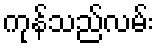
ကုန်သည်လမ်း